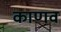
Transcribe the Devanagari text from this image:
काणव